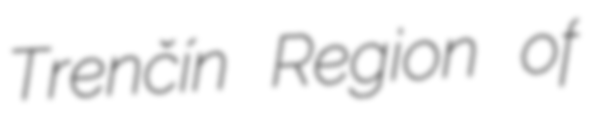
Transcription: Trenčín Region of